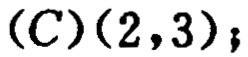
(C)$(2,3)$；